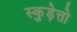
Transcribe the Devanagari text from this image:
स्कुड़ेत्तो